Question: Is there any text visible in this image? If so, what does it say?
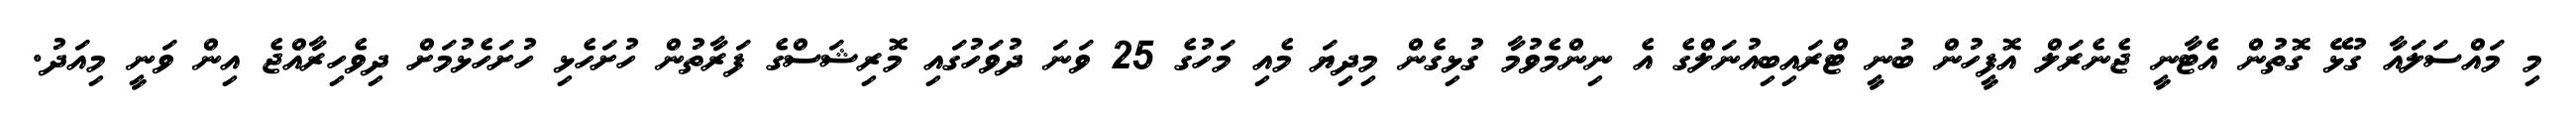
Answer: މި މައްސަލައާ ގުޅޭ ގޮތުން އެޓާނީ ޖެނެރަލް އޮފީހުން ބުނީ ޓްރައިބިއުނަލްގެ އެ ނިންމެވުމާ ގުޅިގެން މިދިޔަ މެއި މަހުގެ 25 ވަނަ ދުވަހުގައި މޮރިޝަސްގެ ފަރާތުން ހުށަހެޅި ހުށަހެޅުމަށް ދިވެހިރާއްޖެ އިން ވަނީ މިއަދު.